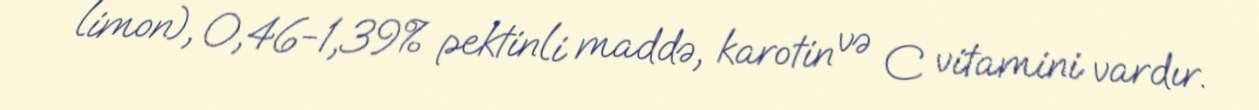
limon), 0,46-1,39% pektinli maddə, karotin və C vitamini vardır.